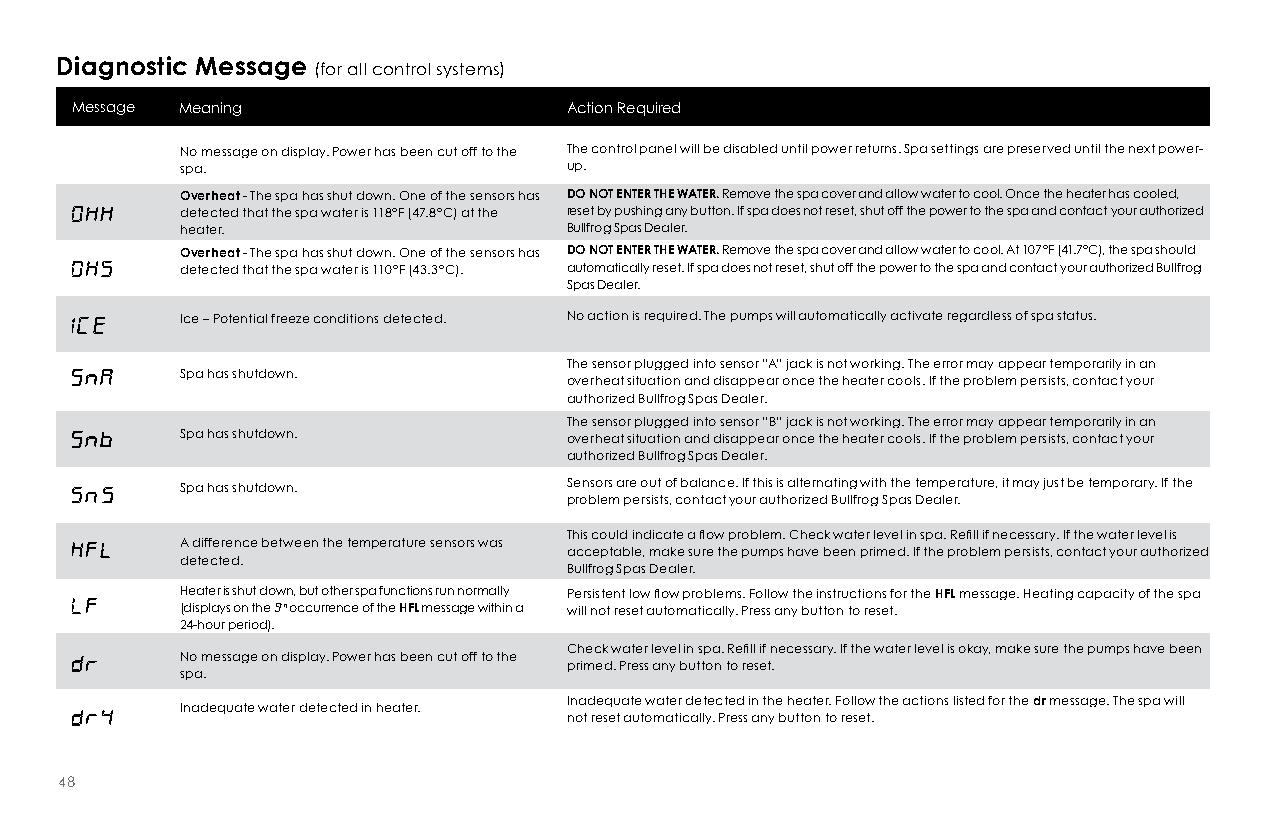
Diagnostic Message (for all control systems)
 Message Meaning                  Action Required
 No message on display. Power has been cut off to the The control panel will be disabled until power returns. Spa settings are preserved until the next power-
 spa.                      up.
 overheat - The spa has shut down. One of the sensors has Do noT EnTEr THE WaTEr. Remove the spa cover and allow water to cool. Once the heater has cooled,
 detected that the spa water is 118°F (47.8°C) at the reset by pushing any button. If spa does not reset, shut off the power to the spa and contact your authorized
 heater.                   Bullfrog Spas Dealer.
 overheat - The spa has shut down. One of the sensors has Do noT EnTEr THE WaTEr. Remove the spa cover and allow water to cool. At 107°F (41.7°C), the spa should
 detected that the spa water is 110°F (43.3°C). automatically reset. If spa does not reset, shut off the power to the spa and contact your authorized Bullfrog
 Spas Dealer.
 Ice – Potential freeze conditions detected. No action is required. The pumps will automatically activate regardless of spa status.
 The sensor plugged into sensor “A” jack is not working. The error may appear temporarily in an
 Spa has shutdown.
 overheat situation and disappear once the heater cools. If the problem persists, contact your
 authorized Bullfrog Spas Dealer.
 The sensor plugged into sensor “B” jack is not working. The error may appear temporarily in an
 Spa has shutdown.         overheat situation and disappear once the heater cools. If the problem persists, contact your
 authorized Bullfrog Spas Dealer.
 Spa has shutdown.         Sensors are out of balance. If this is alternating with the temperature, it may just be temporary. If the
 problem persists, contact your authorized Bullfrog Spas Dealer.
 This could indicate a flow problem. Check water level in spa. Refill if necessary. If the water level is
 A difference between the temperature sensors was
 acceptable, make sure the pumps have been primed. If the problem persists, contact your authorized
 detected.
 Bullfrog Spas Dealer.
 Heater is shut down, but other spa functions run normally Persistent low flow problems. Follow the instructions for the HfL message. Heating capacity of the spa
 (displays on the 5th occurrence of the HfL message within a will not reset automatically. Press any button to reset.
 24-hour period).
 Check water level in spa. Refill if necessary. If the water level is okay, make sure the pumps have been
 No message on display. Power has been cut off to the
 primed. Press any button to reset.
 spa.
 Inadequate water detected in the heater. Follow the actions listed for the dr message. The spa will
 Inadequate water detected in heater.
 not reset automatically. Press any button to reset.
 48